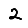
Digit: 2